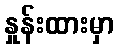
နှုန်းထားမှာ